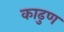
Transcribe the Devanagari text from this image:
काढुण